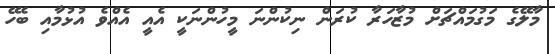
މާލޭގެ މަގުމައްޗަށް މުޒާހަރާ ކުރަން ނިކުންނަ މީހުންނަކީ އެއީ އެއްވެ އުޅުމާއި ބެހޭ